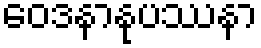
ဝေဒနာနုပဿနာ